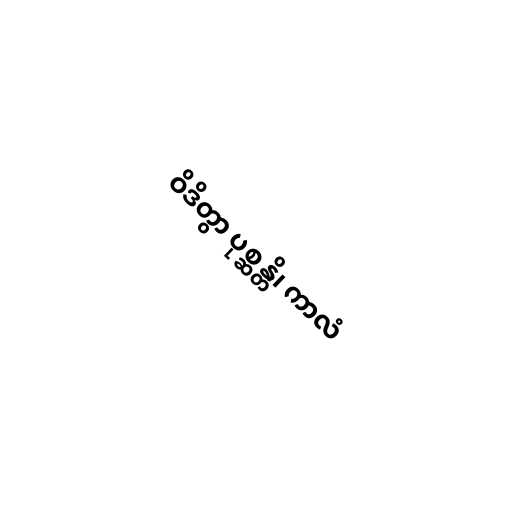
ဝိဒိတွာ ပုစ္ဆန္တိ၊ ကာလံ